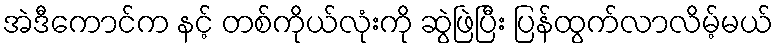
အဲဒီကောင်က နင့် တစ်ကိုယ်လုံးကို ဆွဲဖြဲပြီး ပြန်ထွက်လာလိမ့်မယ်